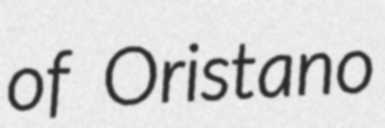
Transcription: of Oristano